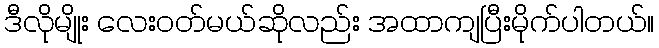
ဒီလိုမျိုး လေးဝတ်မယ်ဆိုလည်း အထာကျပြီးမိုက်ပါတယ်။